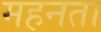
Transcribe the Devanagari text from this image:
महनता